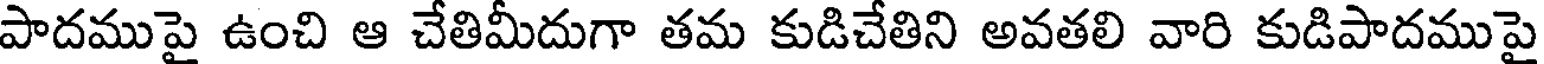
పాదముపై ఉంచి ఆ చేతిమీదుగా తమ కుడిచేతిని అవతలి వారి కుడిపాదముపై